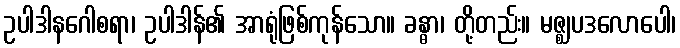
ဥပါဒါနဂေါစရာ၊ ဥပါဒါန်၏ အာရုံဖြစ်ကုန်သော။ ခန္ဓာ၊ တို့တည်း။ မဇ္ဈပဒလောပေါ၊